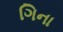
ગિના